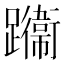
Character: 𨇙